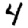
Digit: 4